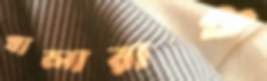
খালারাও